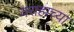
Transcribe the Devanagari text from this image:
वराहाच्या